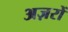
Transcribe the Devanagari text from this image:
अज़रों